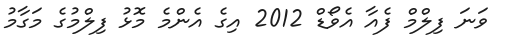
ވަނަ ފިލްމް ފެއާ އެވޯޑް 2012 އިގެ އެންމެ މޮޅު ފިލްމުގެ މަގާމު